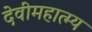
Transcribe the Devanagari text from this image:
देवीमहात्म्य